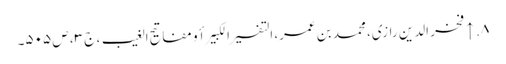
۸. ↑ فخر الدین رازی، محمد بن عمر، التفسیر الکبیر أو مفاتیح الغیب، ج ۳، ص ۵۰۵۔